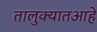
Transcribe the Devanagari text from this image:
तालुक्यातआहे